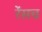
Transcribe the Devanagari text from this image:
रेंसच